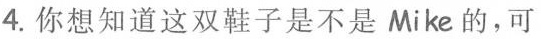
4.你想知道这双鞋子是不是Mike的，可